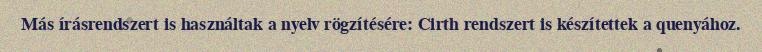
Más írásrendszert is használtak a nyelv rögzítésére: Cirth rendszert is készítettek a quenyához.